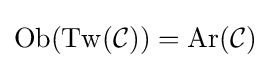
\operatorname {Ob} (\operatorname {Tw} ({\mathcal {C}}))=\operatorname {Ar} ({\mathcal {C}})